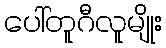
ပေါ်တူဂီလူမျိုး